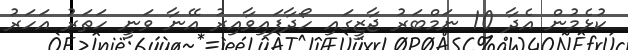
ކުޅެމުން އެދާ 10 ނަމްބަރު ޖާޒީގައި ހޯދާފައިވާއިރު އޭނާ ވަނީ ހަތަރު އަހަރު